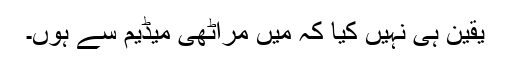
یقین ہی نہیں کیا کہ میں مراٹھی میڈیم سے ہوں۔